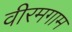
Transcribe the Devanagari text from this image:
वीरमगाम